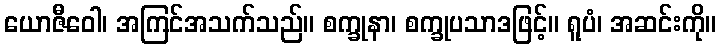
ယောဇီဝေါ၊ အကြင်အသက်သည်။ စက္ခုနာ၊ စက္ခုပသာဒဖြင့်။ ရူပံ၊ အဆင်းကို။